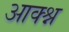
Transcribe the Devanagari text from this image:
आक्श्न